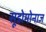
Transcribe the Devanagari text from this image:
सूडोमोनाज